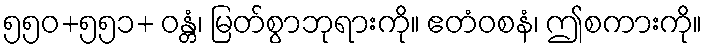
၅၅၀+၅၅၁+ ဝန္တံ၊ မြတ်စွာဘုရားကို။ ဧတံဝစနံ၊ ဤစကားကို။